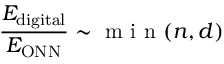
\frac { E _ { \mathrm { d i g i t a l } } } { E _ { \mathrm { O N N } } } \sim \textrm { m i n } ( n , d )